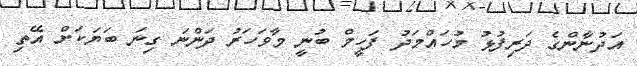
އަދުނާންގެ ދަރިފުޅު މުހައްމަދު ފަހީމް ބުނީ މާވަހަރު ދަންނަ ގިނަ ބަޔަކަށް އޭތި